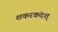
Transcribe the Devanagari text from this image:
शकरकंदश्